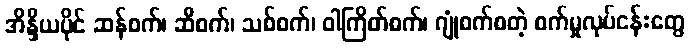
အိန္ဒိယပိုင် ဆန်စက်၊ ဆီစက်၊ သစ်စက်၊ ဝါကြိတ်စက်၊ ဂျုံစက်စတဲ့ စက်မှုလုပ်ငန်းတွေ